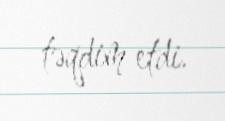
təqdim etdi.